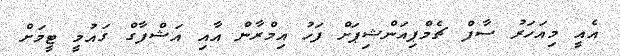
އެއީ މިއަހަރު ސާފް ޗެމްޕިއަންޝިޕަށް ފަހު އިމްރާން އާއި އަޝްފާގް ގައުމީ ޓީމަށް